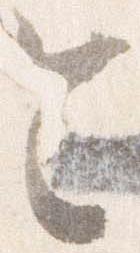
令